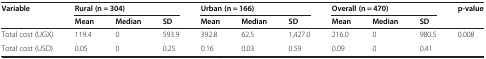
| Variable | <COLSPAN=3> Rural (n = 304) | <COLSPAN=3> Urban (n = 166) | <COLSPAN=3> Overall (n = 470) | p-value |
 |  | Mean | Median | SD | Mean | Median | SD | Mean | Median | SD |  |
 | --- | --- | --- | --- | --- | --- | --- | --- | --- | --- | --- |
 | Total cost (UGX) | 119.4 | 0 | 593.9 | 392.8 | 62.5 | 1,427.0 | 216.0 | 0 | 980.5 | <ROWSPAN=2> 0.008 |
 | Total cost (USD) | 0.05 | 0 | 0.25 | 0.16 | 0.03 | 0.59 | 0.09 | 0 | 0.41 |